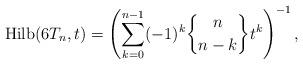
LaTeX: \begin{gather*} {\rm Hilb}(6T_n,t)=\left( \sum_{k=0}^{n-1}(-1)^k {n \brace n-k } t^{k} \right)^{-1}, \end{gather*}